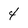
Character: 4